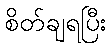
စိတ်ချရပြီး